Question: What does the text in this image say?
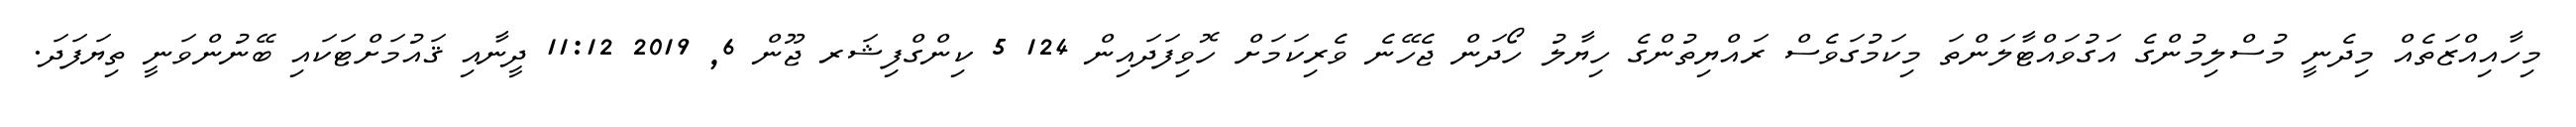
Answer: މިހާއިއްޒަތެއް މިދެނީ މުސްލިމުންގެ އަގުވައްޓާލަންތަ މިކަމުގަވެސް ރައްޔިތުންގެ ހިޔާލު ހޯދަން ޖެހޭނެ ވެރިކަމަށް ހޮވިފަދައިން 124 5 ކިންގްފިޝަރ ޖޫން 6, 2019 11:12 ދީނާއި ޤައުމަށްޓަކައި ބޭނުންވަނީ ތިޔަފަދަ.